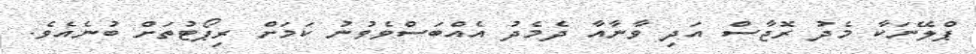
ޕްލޭނަކާ މެދު ރޮޖާސް އަދި ވާނާއާ ދެމެދު އެއްބަސްވެވުނު ކަމަށް ރިޕޯޓުތަށް ބުނެއެވެ.